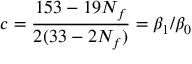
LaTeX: c = \frac { 1 5 3 - 1 9 N _ { f } } { 2 ( 3 3 - 2 N _ { f } ) } = \beta _ { 1 } / \beta _ { 0 }